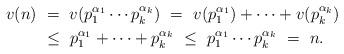
LaTeX: \begin{align*} v(n) &\ =\ v(p^{\alpha_1}_1\cdots p^{\alpha_k}_k) \ =\ v(p^{\alpha_1}_1) +\cdots+ v(p^{\alpha_k}_k)\\ &\ \le \ p^{\alpha_1}_1 +\cdots + p^{\alpha_k}_k \ \le \ p^{\alpha_1}_1\cdots p^{\alpha_k}_k\ =\ n.\end{align*}